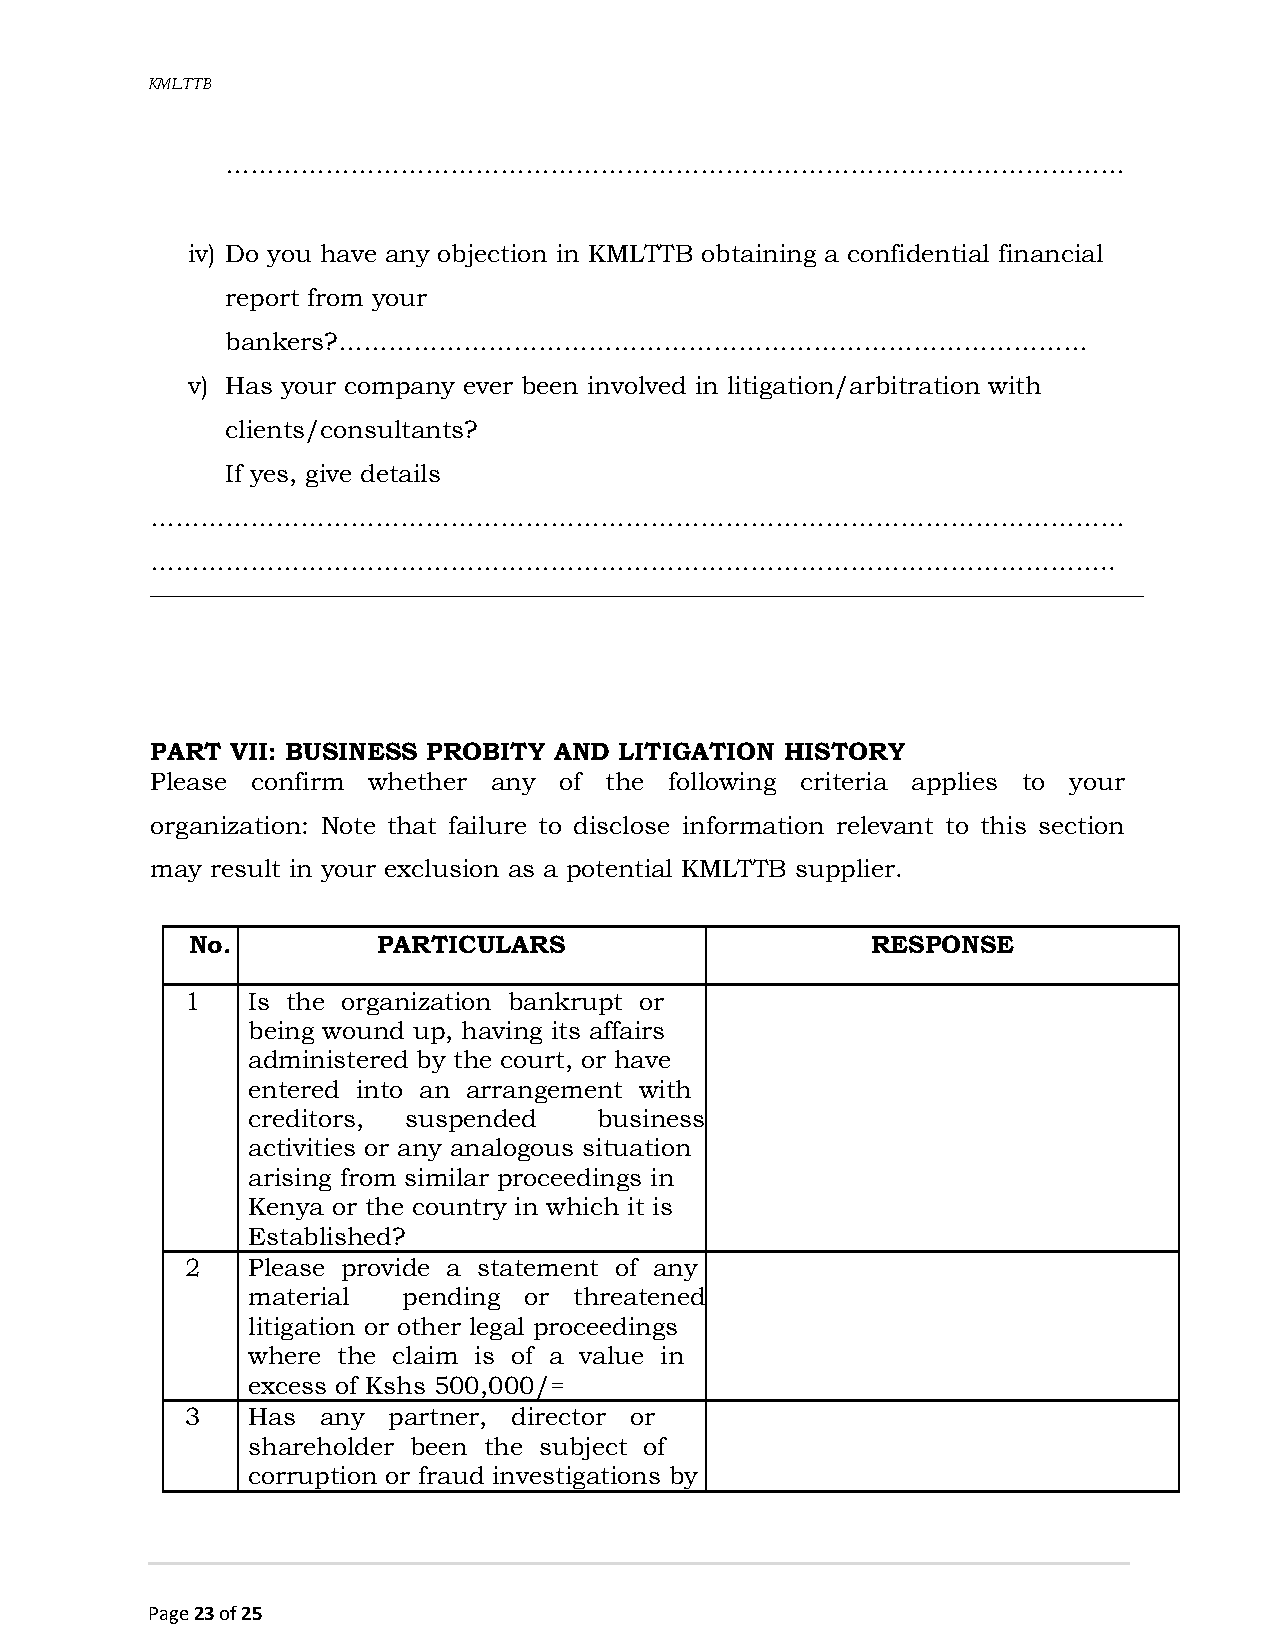
KMLTTB
 ………………………………………………………………………………………………
 iv) Do you have any objection in KMLTTB obtaining a confidential financial
 report from your
 bankers?………………………………………………………………………………
 v) Has your company ever been involved in litigation/arbitration with
 clients/consultants?
 If yes, give details
 ………………………………………………………………………………………………………
 ……………………………………………………………………………………………………..
 PART VII: BUSINESS PROBITY AND LITIGATION HISTORY
 Please confirm whether any of the following criteria applies to your
 organization: Note that failure to disclose information relevant to this section
 may result in your exclusion as a potential KMLTTB supplier.
 No.          PARTICULARS                      RESPONSE
 1   Is the organization bankrupt or
 being wound up, having its affairs
 administered by the court, or have
 entered into an arrangement with
 creditors, suspended    business
 activities or any analogous situation
 arising from similar proceedings in
 Kenya or the country in which it is
 Established?
 2   Please provide a statement of any
 material   pending or threatened
 litigation or other legal proceedings
 where the claim is of a value in
 excess of Kshs 500,000/=
 3   Has  any  partner, director or
 shareholder been the subject of
 corruption or fraud investigations by
 Page 23 of 25